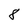
Character: 8